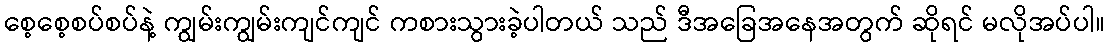
စေ့စေ့စပ်စပ်နဲ့ ကျွမ်းကျွမ်းကျင်ကျင် ကစားသွားခဲ့ပါတယ် သည် ဒီအခြေအနေအတွက် ဆိုရင် မလိုအပ်ပါ။